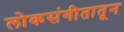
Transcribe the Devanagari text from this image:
लोकसंगीतातून